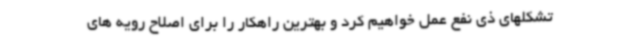
تشکلهای ذی نفع عمل خواهیم کرد و بهترین راهکار را برای اصلاح رویه های